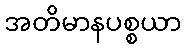
အတိမာနပစ္စယာ